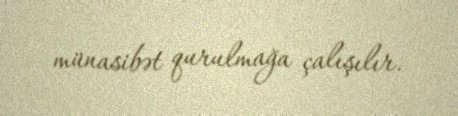
münasibət qurulmağa çalışılır.